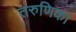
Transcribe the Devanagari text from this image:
तरुणिका